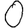
Digit: 0